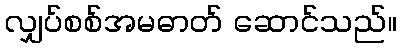
လျှပ်စစ်အမဓာတ် ဆောင်သည်။